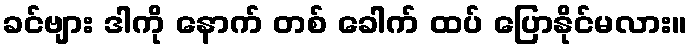
ခင်ဗျား ဒါကို နောက် တစ် ခေါက် ထပ် ပြောနိုင်မလား။